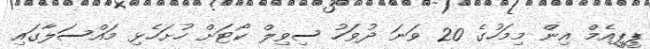
ޕީޕީއެމް އިން މިމަހުގެ 20 ވަނަ ދުވަހު ސިވިލް ކޯޓަށް ހުށަހެޅި މައްސަލާގައި